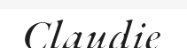
Claudie